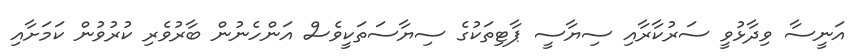
އަނީސާ ވިދާޅުވީ ސަރުކާރާއި ސިޔާސީ ޕާޓިތަކުގެ ސިޔާސަތަކީވެސް އަންހެނުން ބާރުވެރި ކުރުވުން ކަމަށާއި